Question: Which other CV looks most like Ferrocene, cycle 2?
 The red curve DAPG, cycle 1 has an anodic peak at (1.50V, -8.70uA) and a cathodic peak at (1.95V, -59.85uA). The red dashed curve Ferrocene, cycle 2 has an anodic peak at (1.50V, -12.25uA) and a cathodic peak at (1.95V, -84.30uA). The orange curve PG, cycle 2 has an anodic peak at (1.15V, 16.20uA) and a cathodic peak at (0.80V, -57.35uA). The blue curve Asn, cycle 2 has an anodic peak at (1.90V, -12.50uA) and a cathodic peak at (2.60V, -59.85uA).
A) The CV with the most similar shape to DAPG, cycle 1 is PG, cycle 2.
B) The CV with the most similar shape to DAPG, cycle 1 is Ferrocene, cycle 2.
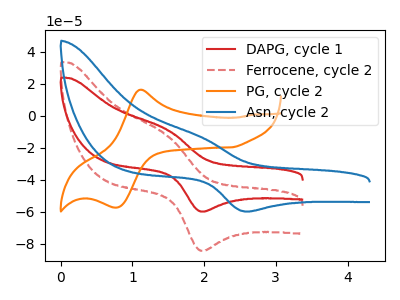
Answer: <think>All the peaks in "DAPG, cycle 1" have a peak in "Ferrocene, cycle 2" at the same potential. "DAPG, cycle 1" and "PG, cycle 2" have at least one peak that do not match. "DAPG, cycle 1" and "Asn, cycle 2" have at least one peak that do not match. "Ferrocene, cycle 2" and "PG, cycle 2" have at least one peak that do not match. "Ferrocene, cycle 2" and "Asn, cycle 2" have at least one peak that do not match. "PG, cycle 2" and "Asn, cycle 2" have at least one peak that do not match.
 </think>
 <answer>B) The CV with the most similar shape to "DAPG, cycle 1" is "Ferrocene, cycle 2".</answer>
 <eval>B</eval>